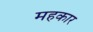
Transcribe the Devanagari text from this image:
महकार